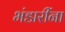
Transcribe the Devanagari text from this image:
भंडारींना